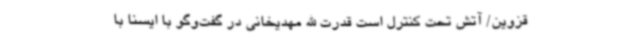
قزوین/ آتش تحت کنترل است قدرت الله مهدیخانی در گفت‌وگو با ایسنا با